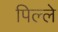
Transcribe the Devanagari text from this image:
पिल्‍ले